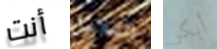
أنت السلاسل أبكر